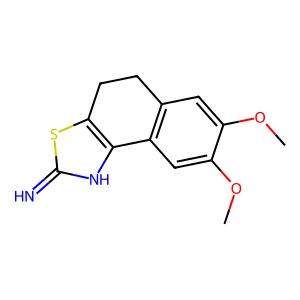
SMILES: COc1cc2c(cc1OC)-c1[nH]c(=N)sc1CC2
Inhibits HIV replication: No